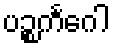
ပဉ္စကင်္ဂေါ